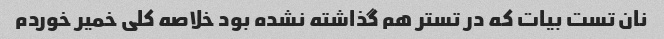
نان تست بیات که در تستر هم گذاشته نشده بود خلاصه کلی خمیر خوردم